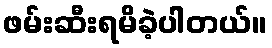
ဖမ်းဆီးရမိခဲ့ပါတယ်။